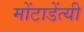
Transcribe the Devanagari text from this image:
मोंटाडेंत्यी